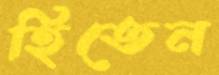
হিতেন